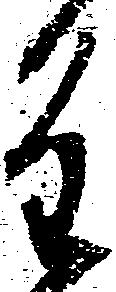
重